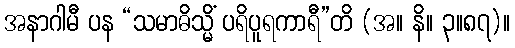
အနာဂါမီ ပန “သမာဓိသ္မိံ ပရိပူရကာရီ”တိ (အ။ နိ။ ၃။၈၇)။